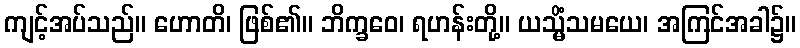
ကျင့်အပ်သည်။ ဟောတိ၊ ဖြစ်၏။ ဘိက္ခဝေ၊ ရဟန်းတို့။ ယသ္မိံသမယေ၊ အကြင်အခါ၌။